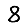
Digit: 8